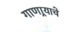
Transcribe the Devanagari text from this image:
गाणार्‍याचे